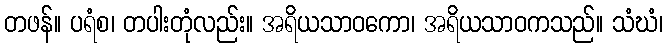
တဖန်။ ပရံစ၊ တပါးတုံလည်း။ အရိယသာဝကော၊ အရိယသာဝကသည်။ သံဃံ၊